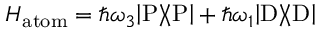
H _ { \mathrm { a t o m } } = \hbar \omega _ { 3 } { \left| { \mathrm { P } } \right\rangle \! \! \left\langle { \mathrm { P } } \right| } + \hbar \omega _ { 1 } { \left| { \mathrm { D } } \right\rangle \! \! \left\langle { \mathrm { D } } \right| }